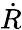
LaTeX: \dot{R}